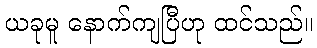
ယခုမူ နောက်ကျပြီဟု ထင်သည်။